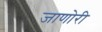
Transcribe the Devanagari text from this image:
जाणोरी